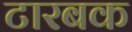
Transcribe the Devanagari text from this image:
टारबक